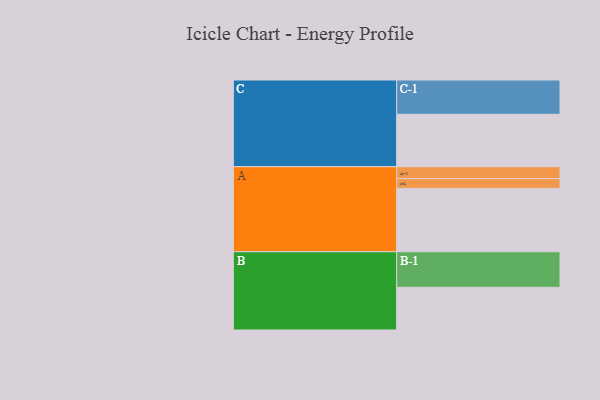
{"axis": {"x": "Segment", "y": "Value"}, "legend": ["", "A", "B", "C"], "data": [{"x": "A", "y": 508, "type": ""}, {"x": "B", "y": 342, "type": ""}, {"x": "C", "y": 420, "type": ""}, {"x": "A-1", "y": 95, "type": "A"}, {"x": "A-2", "y": 78, "type": "A"}, {"x": "B-1", "y": 285, "type": "B"}, {"x": "C-1", "y": 275, "type": "C"}]}